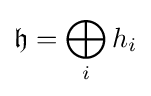
{\mathfrak {h}}=\bigoplus _{i}h_{i}